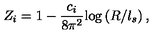
Z _ { i } = 1 - \frac { c _ { i } } { 8 \pi ^ { 2 } } \mathrm { l o g } \left( R / l _ { s } \right) ,